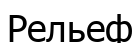
Рельеф